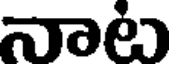
నాట